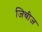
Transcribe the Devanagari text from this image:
जिचीज